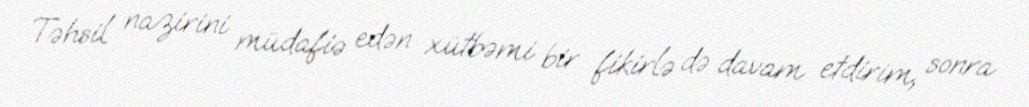
Təhsil nazirini müdafiə edən xütbəmi bir fikirlə də davam etdirim, sonra